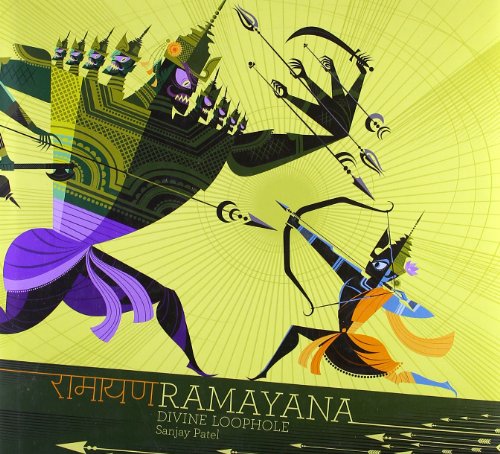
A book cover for Ramayana: Divine Loophole; Sanjay Patel; Religion & Spirituality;